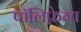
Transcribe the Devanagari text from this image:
पॉलिफ़ेगा